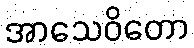
အာသေဝိတော